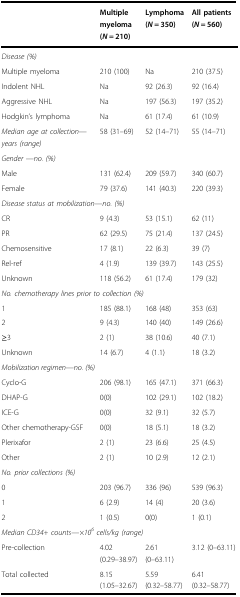
<table><thead><tr><td></td><td><b>Multiple myeloma (<i>N</i> = 210)</b></td><td><b>Lymphoma (<i>N</i> = 350)</b></td><td><b>All patients (<i>N</i> = 560)</b></td></tr></thead><tbody><tr><td colspan="4"><i>Disease (%)</i></td></tr><tr><td>Multiple myeloma</td><td>210 (100)</td><td>Na</td><td>210 (37.5)</td></tr><tr><td>Indolent NHL</td><td>Na</td><td>92 (26.3)</td><td>92 (16.4)</td></tr><tr><td>Aggressive NHL</td><td>Na</td><td>197 (56.3)</td><td>197 (35.2)</td></tr><tr><td>Hodgkin’s lymphoma</td><td>Na</td><td>61 (17.4)</td><td>61 (10.9)</td></tr><tr><td><i>Median age at collection—years (range)</i></td><td>58 (31–69)</td><td>52 (14–71)</td><td>55 (14–71)</td></tr><tr><td colspan="4"><i>Gender —no.</i><i>(%)</i></td></tr><tr><td>Male</td><td>131 (62.4)</td><td>209 (59.7)</td><td>340 (60.7)</td></tr><tr><td>Female</td><td>79 (37.6)</td><td>141 (40.3)</td><td>220 (39.3)</td></tr><tr><td colspan="4"><i>Disease status at mobilization—no.</i><i>(%)</i></td></tr><tr><td>CR</td><td>9 (4.3)</td><td>53 (15.1)</td><td>62 (11)</td></tr><tr><td>PR</td><td>62 (29.5)</td><td>75 (21.4)</td><td>137 (24.5)</td></tr><tr><td>Chemosensitive</td><td>17 (8.1)</td><td>22 (6.3)</td><td>39 (7)</td></tr><tr><td>Rel-ref</td><td>4 (1.9)</td><td>139 (39.7)</td><td>143 (25.5)</td></tr><tr><td>Unknown</td><td>118 (56.2)</td><td>61 (17.4)</td><td>179 (32)</td></tr><tr><td colspan="4"><i>No. chemotherapy lines prior to collection (%)</i></td></tr><tr><td>1</td><td>185 (88.1)</td><td>168 (48)</td><td>353 (63)</td></tr><tr><td>2</td><td>9 (4.3)</td><td>140 (40)</td><td>149 (26.6)</td></tr><tr><td>≥3</td><td>2 (1)</td><td>38 (10.6)</td><td>40 (7.1)</td></tr><tr><td>Unknown</td><td>14 (6.7)</td><td>4 (1.1)</td><td>18 (3.2)</td></tr><tr><td><i>Mobilization regimen—no.</i><i>(%)</i></td><td></td><td></td><td></td></tr><tr><td>Cyclo-G</td><td>206 (98.1)</td><td>165 (47.1)</td><td>371 (66.3)</td></tr><tr><td>DHAP-G</td><td>0(0)</td><td>102 (29.1)</td><td>102 (18.2)</td></tr><tr><td>ICE-G</td><td>0(0)</td><td>32 (9.1)</td><td>32 (5.7)</td></tr><tr><td>Other chemotherapy-GSF</td><td>0(0)</td><td>18 (5.1)</td><td>18 (3.2)</td></tr><tr><td>Plerixafor</td><td>2 (1)</td><td>23 (6.6)</td><td>25 (4.5)</td></tr><tr><td>Other</td><td>2 (1)</td><td>10 (2.9)</td><td>12 (2.1)</td></tr><tr><td colspan="4"><i>No. prior collections</i><i>(%)</i></td></tr><tr><td>0</td><td>203 (96.7)</td><td>336 (96)</td><td>539 (96.3)</td></tr><tr><td>1</td><td>6 (2.9)</td><td>14 (4)</td><td>20 (3.6)</td></tr><tr><td>2</td><td>1 (0.5)</td><td>0(0)</td><td>1 (0.1)</td></tr><tr><td colspan="4"><i>Median CD34+ counts—×10</i><sup><i>6</i></sup><i>cells/kg (range)</i></td></tr><tr><td>Pre-collection</td><td>4.02 (0.29–38.97)</td><td>2.61 (0–63.11)</td><td>3.12 (0–63.11)</td></tr><tr><td>Total collected</td><td>8.15 (1.05–32.67)</td><td>5.59 (0.32–58.77)</td><td>6.41 (0.32–58.77)</td></tr></tbody></table>